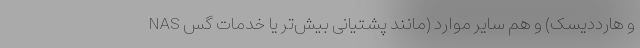
NAS و هارددیسک) و هم سایر موارد (مانند پشتیانی بیش‌تر یا خدمات گس